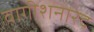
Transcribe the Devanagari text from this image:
वागीशनारद